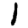
Digit: 1